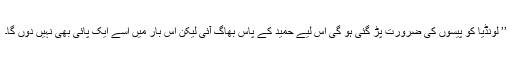
’’ لونڈیا کو پیسوں کی ضرورت پڑ گئی ہو گی اس لیے حمید کے پاس بھاگ آئی لیکن اس بار میں اسے ایک پائی بھی نہیں دوں گا۔